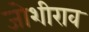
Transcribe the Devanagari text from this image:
जोशीराव